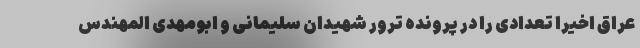
عراق اخیرا تعدادی را در پرونده ترور شهیدان سلیمانی و ابومهدی المهندس